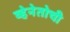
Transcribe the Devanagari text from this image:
व्हेनेतोची